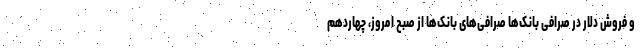
و فروش دلار در صرافی بانک‌ها صرافی‌های بانک‌ها از صبح امروز، چهاردهم